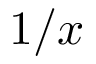
1 / x